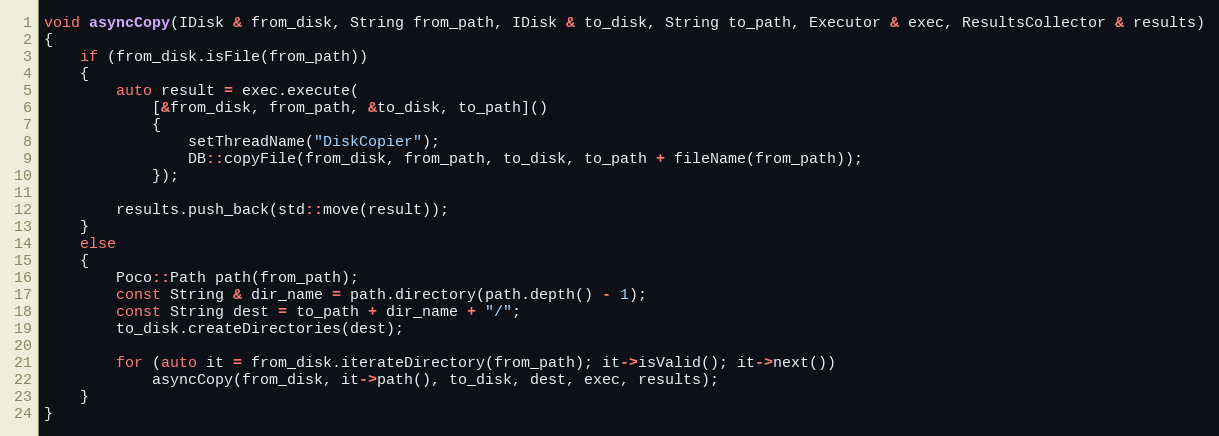
Language: C++
void asyncCopy(IDisk & from_disk, String from_path, IDisk & to_disk, String to_path, Executor & exec, ResultsCollector & results)
{
    if (from_disk.isFile(from_path))
    {
        auto result = exec.execute(
            [&from_disk, from_path, &to_disk, to_path]()
            {
                setThreadName("DiskCopier");
                DB::copyFile(from_disk, from_path, to_disk, to_path + fileName(from_path));
            });

        results.push_back(std::move(result));
    }
    else
    {
        Poco::Path path(from_path);
        const String & dir_name = path.directory(path.depth() - 1);
        const String dest = to_path + dir_name + "/";
        to_disk.createDirectories(dest);

        for (auto it = from_disk.iterateDirectory(from_path); it->isValid(); it->next())
            asyncCopy(from_disk, it->path(), to_disk, dest, exec, results);
    }
}